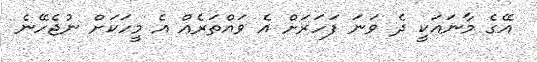
އޭގެ މާނައަކީ ދެ ވަނަ ފަހަރަށް އެ ވައްތަރެއް އެ މީހަކަށް ނުޖެހޭނެ